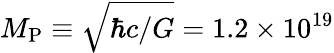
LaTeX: M_{\mathrm{P}}\equiv\sqrt{\hbar c/G}=1.2\times 10^{19}